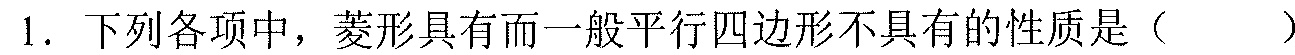
1. 下列各项中，菱形具有而一般平行四边形不具有的性质是（  ）